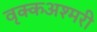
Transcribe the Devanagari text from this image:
वृक्कअश्मरी